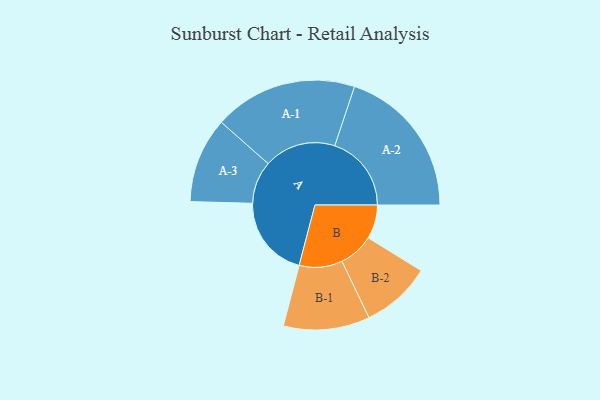
{"axis": {"x": "Segment", "y": "Value"}, "legend": ["", "A", "B"], "data": [{"x": "A", "y": 320, "type": ""}, {"x": "B", "y": 132, "type": ""}, {"x": "A-1", "y": 279, "type": "A"}, {"x": "A-2", "y": 298, "type": "A"}, {"x": "A-3", "y": 166, "type": "A"}, {"x": "B-1", "y": 168, "type": "B"}, {"x": "B-2", "y": 136, "type": "B"}]}